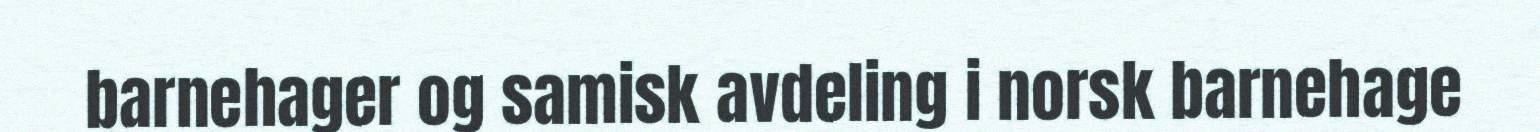
barnehager og samisk avdeling i norsk barnehage